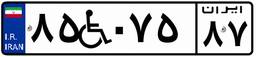
۵۲W۱۶۸۴۴